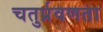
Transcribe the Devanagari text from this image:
चतुर्प्रवणता